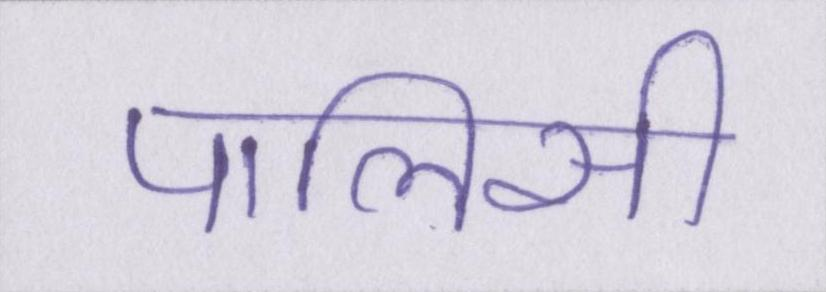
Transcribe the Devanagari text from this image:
पालिसी